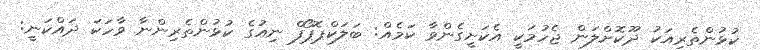
ކުޅުންތެރިއަކު ދޫކޮށްލަން ޖެހުމަކީ އެކަށީގެންވާ ކަމެއް: ބަލަކްޕޮޕޯފް ނިއުގެ ކުޅުންތެރިންނާ ވާހަކަ ދައްކަނީ: